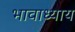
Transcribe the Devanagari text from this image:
भावाध्याय